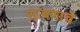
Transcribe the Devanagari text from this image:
साबणाचे